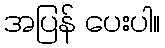
အပြန် ပေးပါ။